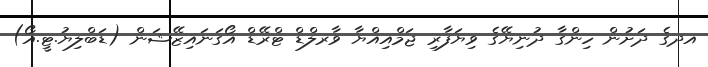
އދގެ ދަށުން ހިންގާ ދުނިޔޭގެ ވިޔަފާރި ޖަމްއިއްޔާ ވާރލްޑް ޓްރޭޑް އޯގަނައިޒޭޝަން (ޑަބްލިޔު.ޓީ.އޯ)